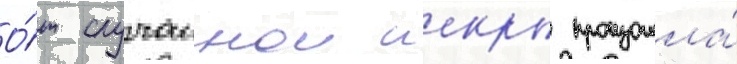
О́т случаинои искры произошла́